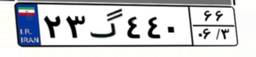
۱۹گ۶۴۴۳۸